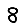
Digit: 8